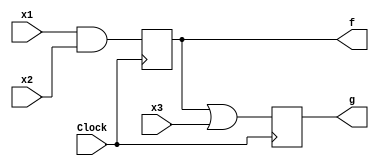
/* pg 393 - logic w DFF 2 */

module bm_DL_logic_w_Dff2(x1, x2, x3, Clock, f, g);
	input x1, x2, x3, Clock;
	output f, g;
	reg f, g;
	
	always @(posedge Clock)
	begin
		f <= x1 & x2;
		g <= f | x3;
	end
	
endmodule